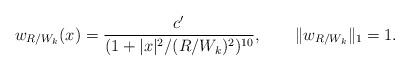
LaTeX: \begin{align*} w_{R/W_k}(x)=\frac{c'}{(1+|x|^2/(R/W_k)^2)^{10}},\qquad\|w_{R/W_k}\|_1=1. \end{align*}